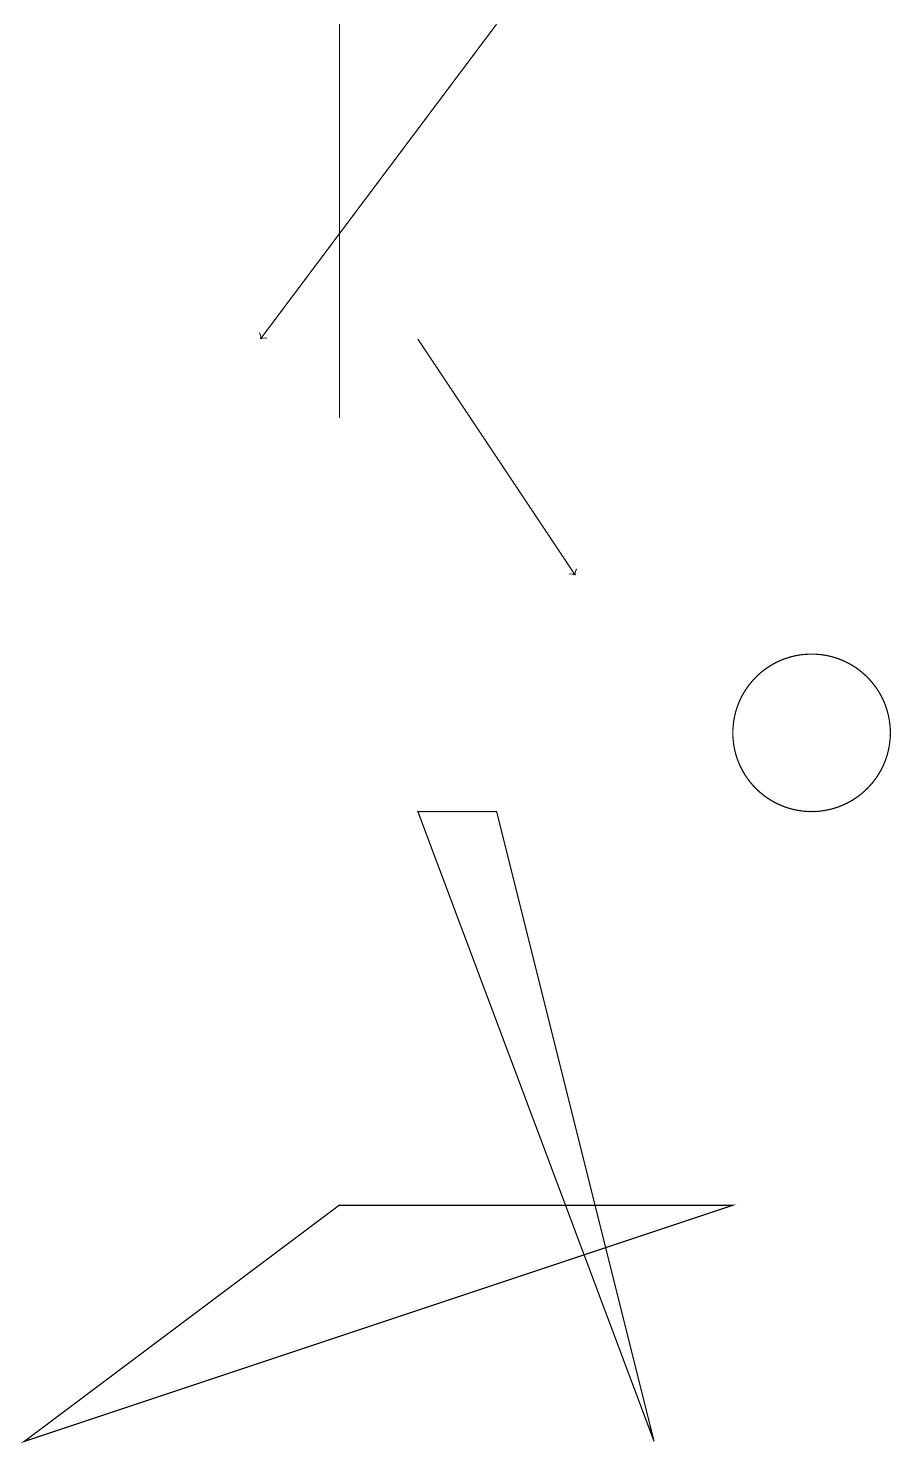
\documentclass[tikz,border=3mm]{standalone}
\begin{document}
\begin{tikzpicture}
\draw[->] (5,15) -- (7,12);
\draw (10,10) circle (1);
\draw (5,9) -- (8,1) -- (6,9) -- cycle;
\draw (4,19) rectangle (4,14);
\draw[->] (6,19) -- (3,15);
\draw (9,4) -- (4,4) -- (0,1) -- cycle;
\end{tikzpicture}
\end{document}